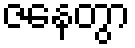
ဇနေတွာ